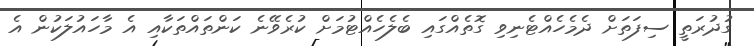
ގުދުރަތީ ސިފަތަށް ދެމެހެއްޓެނިވި ގޮތެއްގައި ބެލެހެއްޓުމަށް ކުރެވޭނެ ކަންތައްތަކާއި އެ މާހައުލަކުން އެ